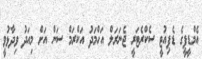
އެމްޑީޕީގެ ޑެޕިއުޓީ ސެކްރެޓަރީ ޖެނަރަލް އަހްމަދު އަކްރަމް ސަން އަށް މިއަދު ވިދާޅުވީ